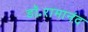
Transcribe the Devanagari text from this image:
डॉ॰रामानंद